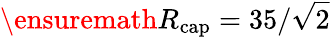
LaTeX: \ensuremath{R_{\mathrm{cap}}}=35/\sqrt{2}